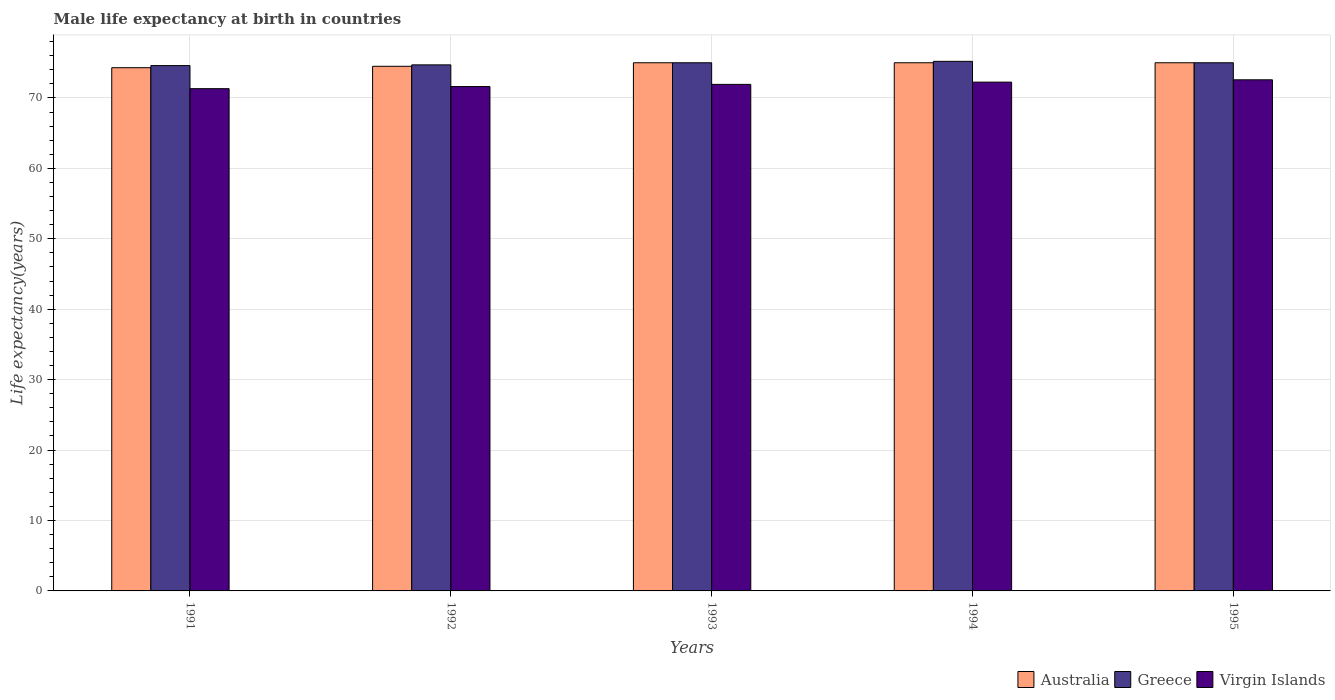
| Years | Australia | Greece | Virgin Islands |
 | --- | --- | --- | --- |
 | 1991 | 74.3 | 74.6 | 71.3 |
 | 1992 | 74.5 | 74.7 | 71.6 |
 | 1993 | 75 | 75 | 71.9 |
 | 1994 | 75 | 75.2 | 72.2 |
 | 1995 | 75 | 75 | 72.6 |